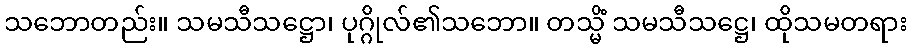
သဘောတည်း။ သမသီသဋ္ဌော၊ ပုဂ္ဂိုလ်၏သဘော။ တသ္မိံ သမသီသဋ္ဌေ၊ ထိုသမတရား